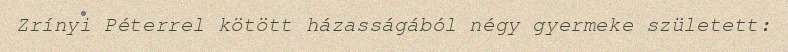
Zrínyi Péterrel kötött házasságából négy gyermeke született: